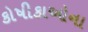
કોષીકાઓના